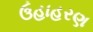
ઉહાહરણ